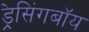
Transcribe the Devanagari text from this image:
ड्रेसिंगबॉय